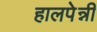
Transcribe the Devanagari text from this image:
हालपेन्नी